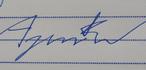
Signature authenticity: forged